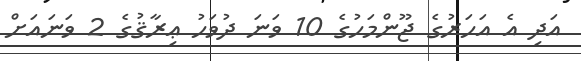
އަދި އެ އަހަރުގެ ޖޫންމަހުގެ 10 ވަނަ ދުވަހު ޢިރާޤުގެ 2 ވަނައަށް